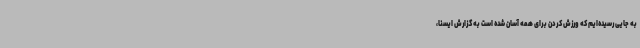
به جایی رسیده‌ایم که ورزش کردن برای همه آسان شده است به گزارش ایسنا،